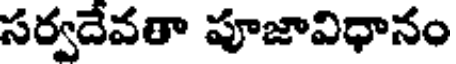
సర్వదేవతా పూజావిధానం